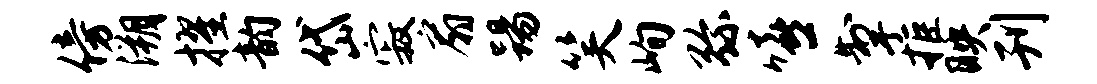
傍溯擢韵岱寂扇踢笑峋弥嘻掣拒映刊